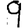
Digit: 9